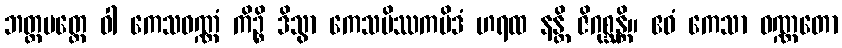
ဘတ္တပတ္တေ ဝါ ကေသဝဏ္ဏံ ကိဉ္စိ ဒိသွာ ကေသမိဿကမိဒံ ဟရထ နန္တိ ဇိဂုစ္ဆန္တိ။ ဧဝံ ကေသာ ဝဏ္ဏတော